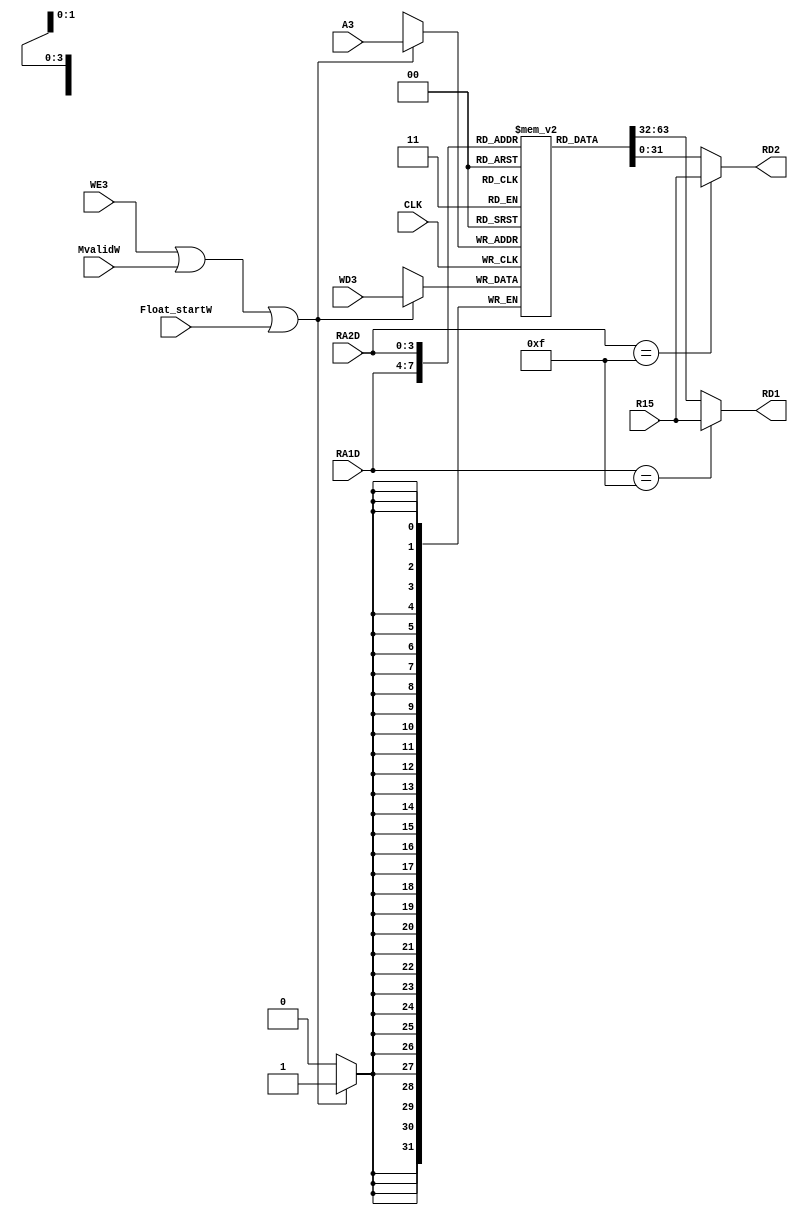
module RegisterFile(
    input CLK,
    input WE3,
    input [3:0] RA1D,
    input [3:0] RA2D,
    input [3:0] A3,
    input [31:0] WD3,
    input [31:0] R15,
    input MvalidW,
    input Float_startW,


    output [31:0] RD1,
    output [31:0] RD2
    );
        
    // declare RegBank
    reg [31:0] RegBank[0:14] ;
    reg [3:0] A3M;
    always @(posedge CLK) begin
        A3M=A3;
    end
 //   reg [31:0] FloatBank[0:14] ;
assign RD1=  RA1D==15 ? R15:RegBank[RA1D];////////////////?
assign RD2=  RA2D==15 ? R15:RegBank[RA2D];////////////////?

always @(negedge CLK) begin
     if(WE3 || MvalidW || Float_startW)////////////////?
          RegBank[A3]<=WD3;
    
end 
    
endmodule